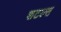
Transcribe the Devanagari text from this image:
शटल्स